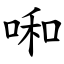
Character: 啝